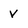
Character: V